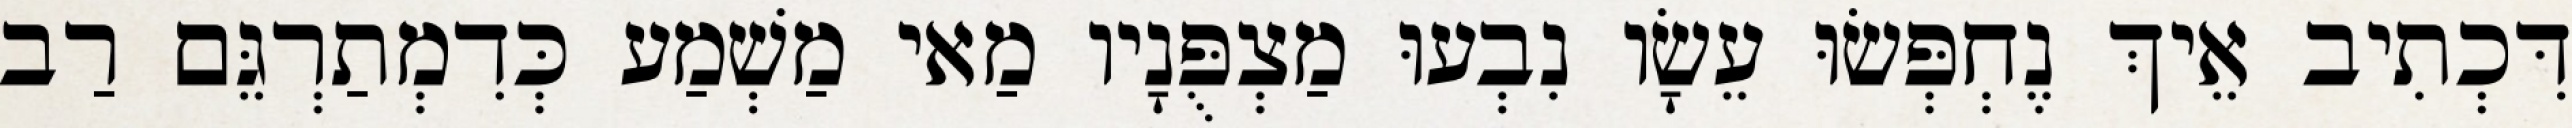
דִּכְתִיב אֵיךְ נֶחְפְּשׂוּ עֵשָׂו נִבְעוּ מַצְפֻּנָיו מַאי מַשְׁמַע כְּדִמְתַרְגֵּם רַב